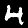
Digit: 4